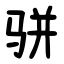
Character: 骈